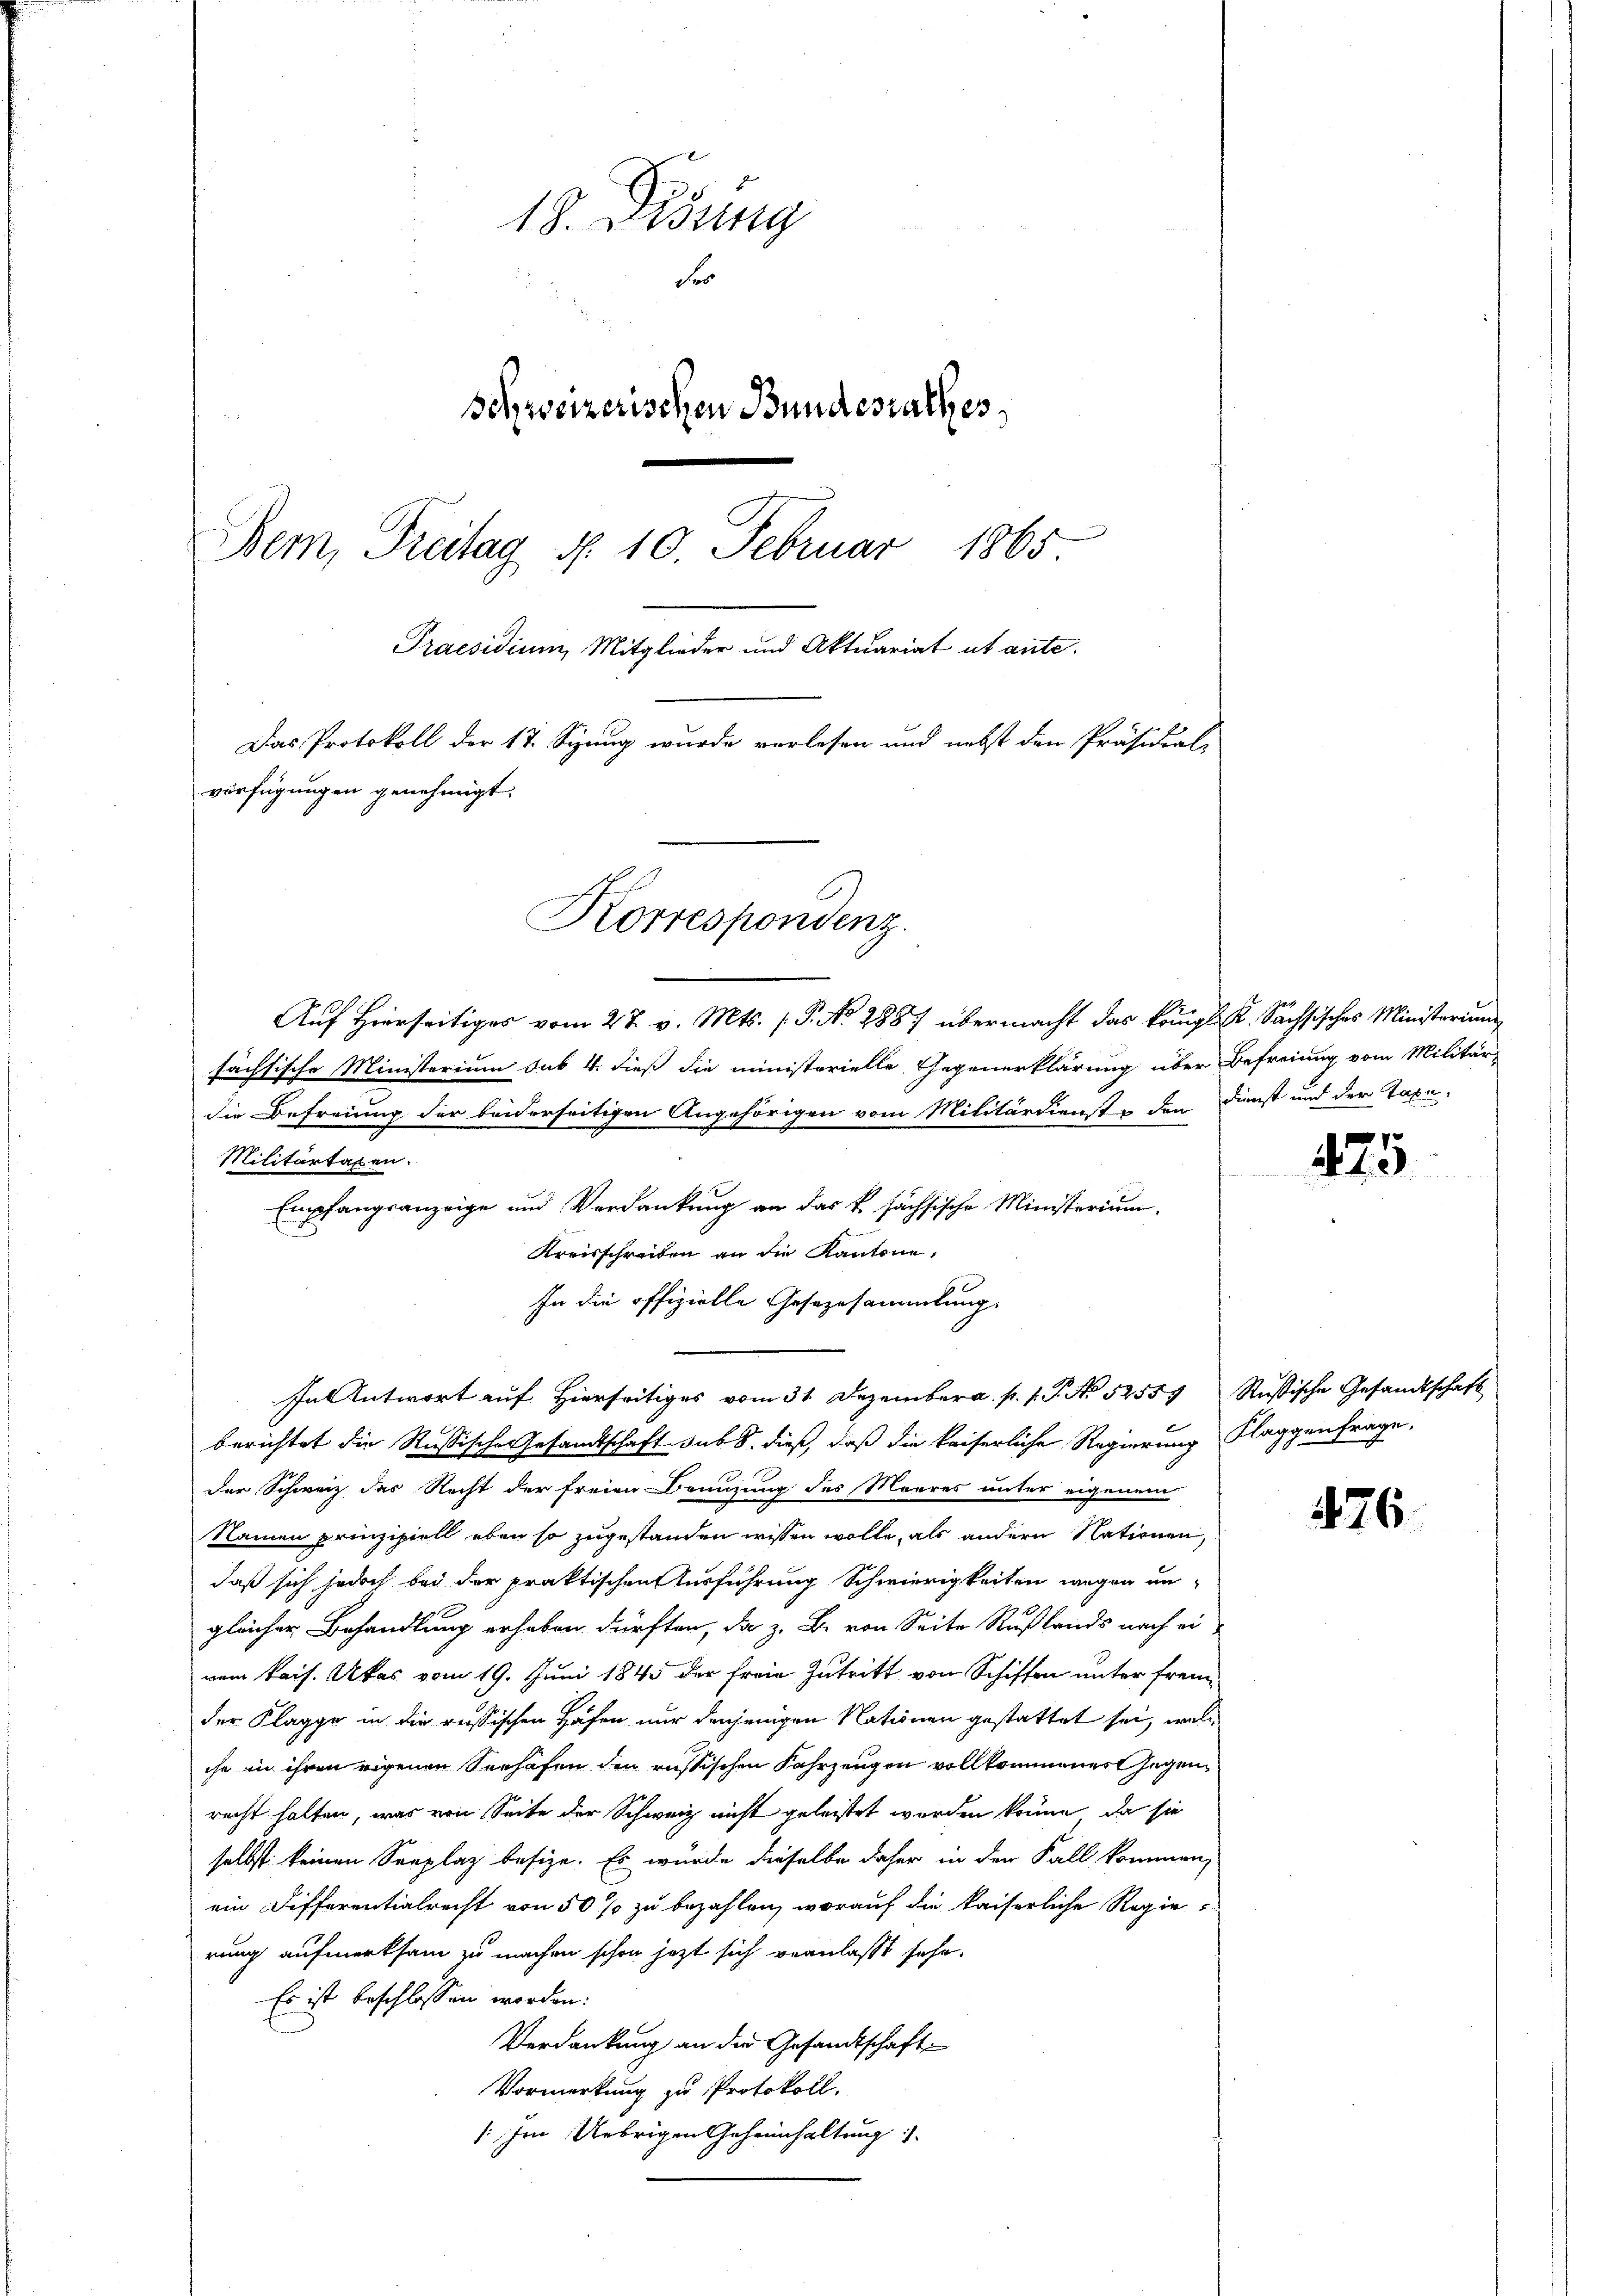
18. Disung
Fer
Schweizerischen Bundesrathes
Bern, Freitag d. 10. Februar 1865
Praesidium, Mitglieder und Aktuariat ab ante.
Das Protokoll der 17. Spung wurde verlesen und nebst den Präsidial-
verfügungen genehmigt.
Korrespondenz.

Auf Hierseitiges vom 27. v. Mts. (T. No 288. übermacht das königl. K. Sachsisches Ministerium
sächsische Ministerium sub. 4. dieß die ministerielle Gegenerklärung über Befreiung vom Militär-
die Befreiung der beiderseitigen Angehörigen vom Militärdienst in den Dienst und der Taxe-
Militartagen.
Empfangsanzeige und Verdankung an das k. sächsische Ministerium
Kreisschreiben an die Kantone,
In die offizielle Gesezesammlung.
fal Antwort aŭf hierseitiges vom 31. Dezember a. p. 1. P. No 52557 Rŭsische Gesandtschaft
berichtet die Rußischen Gesandtschaft sub 8. dieß, daß die kaiserliche Regierung Klaggenfrage,
der Schweiz das Recht der freien Brunzung des Morres unter eigenem
Namen prinzipiell eben so zugestanden wissen wolle, als andern Nationen,
daß sich jedoch bei der praktischen Ausführung Schwierigkeiten wegen un-
gleicher Behandlung erhaben dürften, da z. B. von Seite Rußlands nach ei
vem kais. Akas vom 19. Juni 1845 der freie Zutritt von Schiffen unter fremder Klagge in die russischen Hafen nur denjenigen Nationen gestattet sei, welc
che in ihren eigenen Seehafen den russischen Fahrzeugen vollkommener Gegenrecht halten, was von Seite der Schweiz nicht geleistet werden könne, da sie
selbst keinen Senplaz besize. Es wurde dieselbe daher in der Fall kommen,
ein Differentialrecht von 50 % zu bezahlen, worauf die kaiserliche Regierung aufmerksam zu machen schon jezt sich veranlaßt sehr.
Es ist beschlossen worden.
Verdankung an die Gesandtschaft
Vormerkung zu Protokoll.
: Im Uebrigen Geheimhaltung.

475

476.